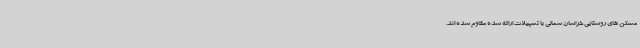
مسکن های روستایی خراسان شمالی با تسهیلات ارائه شده مقاوم شده اند.